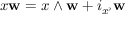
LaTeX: x \mathbf { w } = x \wedge \mathbf { w } + i _ { x ^ { \flat } } \mathbf { w }